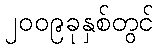
၂၀၀၉ခုနှစ်တွင်